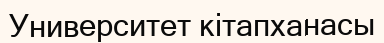
Университет кітапханасы